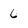
Character: 6